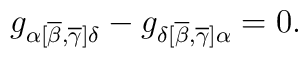
g_{\alpha [ \overline{\beta},\overline{\gamma}]\delta} -g_{\delta [\overline{\beta},\overline{\gamma}]\alpha} = 0  .